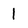
Character: 1